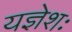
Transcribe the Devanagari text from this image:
यज्ञेशः